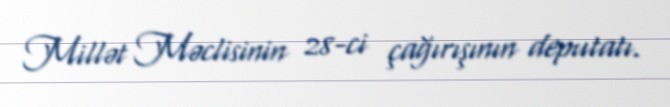
Millət Məclisinin 28-ci çağırışının deputatı.